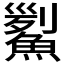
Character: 𩹒